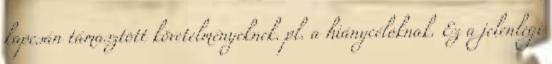
kapcsán támasztott követelményeknek. pl. a hiánycéloknak. Ez a jelenlegi